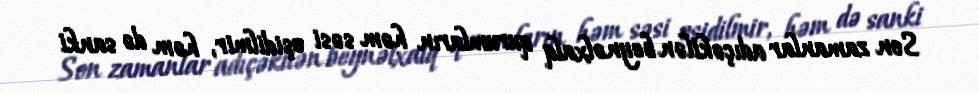
Son zamanlar adıçəkilən beynəlxalq qurumların həm səsi eşidilmir, həm də sanki